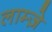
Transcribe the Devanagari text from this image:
लाम्ज़े